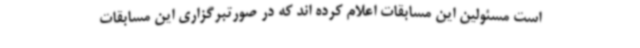
است مسئولین این مسابقات اعلام کرده اند که در صورتبرگزاری این مسابقات